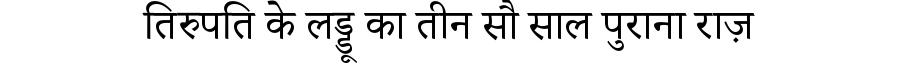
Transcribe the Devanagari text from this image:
तिरुपति के लड्डू का तीन सौ साल पुराना राज़